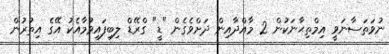
ނުވަތަސާނަވީ އިމްތިޙާނަކުން 2 މާއްދާއިން ދަށްވެގެން "ޑީ" ގްރޭޑް ލިބިފައިވުމާއެކު އޭގެ އިތުރުން